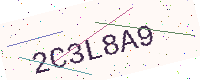
Text: 2C3L8A9